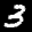
Label: 3